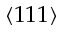
\langle 1 1 1 \rangle